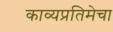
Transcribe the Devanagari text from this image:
काव्यप्रतिमेचा